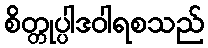
စိတ္တုပ္ပါဒဝါရစသည်